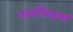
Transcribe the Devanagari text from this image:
कार्पनिकस